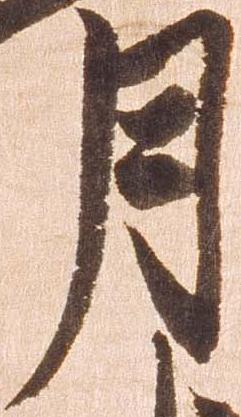
月